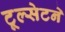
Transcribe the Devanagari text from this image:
टूल्सेटने